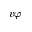
\boldsymbol { v } \varphi